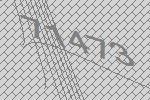
71473